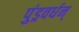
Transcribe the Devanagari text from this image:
पुंड्रवर्धन्